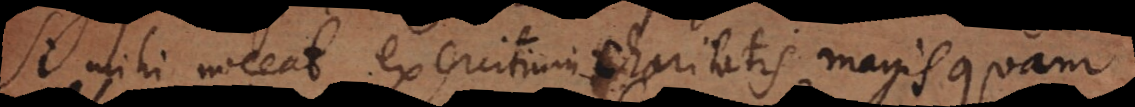
Si mihi noceat exercitium charitatis magis quam